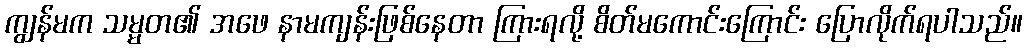
ကျွန်မက သမ္မတ၏ အဖေ နာမကျန်းဖြစ်နေတာ ကြားရလို့ စိတ်မကောင်းကြောင်း ပြောလိုက်ရပါသည်။